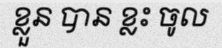
ខ្លួន បាន ខ្លះ ចូល